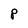
Character: P